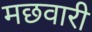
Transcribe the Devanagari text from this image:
मछवारी